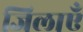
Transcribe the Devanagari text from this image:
जिलाएँ